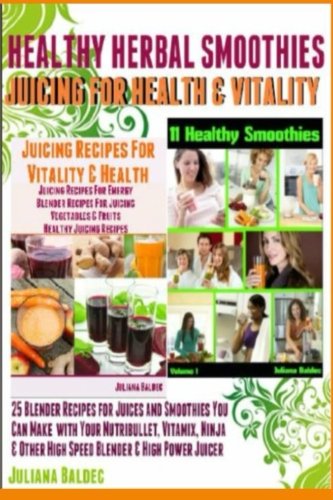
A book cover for Healthy Herbal Smoothies: Juicing For Health And Vitality 25 Blender Recipes For Juices And Smoothies That You Can Make With Your Nutribullet, Ninja Of Healthy Smoothie & Juicing Recipes; Juliana Baldec; Cookbooks, Food & Wine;